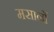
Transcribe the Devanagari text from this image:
मसानों